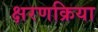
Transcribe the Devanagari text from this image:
क्षरणक्रिया